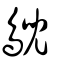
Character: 鶃